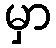
မှာ